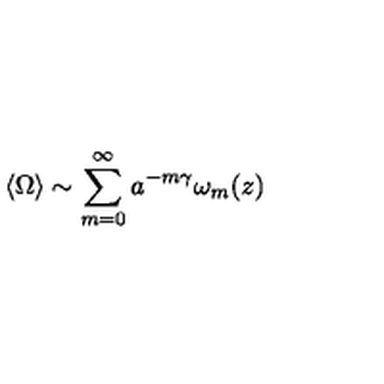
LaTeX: \langle \Omega \rangle \sim \sum _ { m = 0 } ^ { \infty } a ^ { - m \gamma } \omega _ { m } ( z )